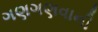
ગણગણવાની